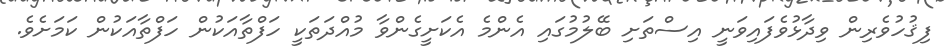
ފިޤުހުވެރިން ވިދާޅުވެފައިވަނީ އިސްތަށި ބޭލުމުގައި އެންމެ އެކަށީގެންވާ މުއްދަތަކީ ހަފްތާއަކުން ހަފްތާއަކުން ކަމަށެވެ.